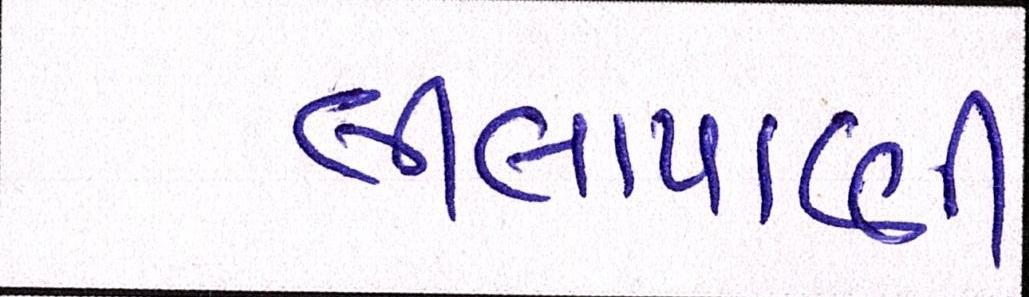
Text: લીલાપાણી